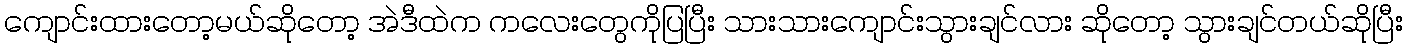
ကျောင်းထားတော့မယ်ဆိုတော့ အဲဒီထဲက ကလေးတွေကိုပြပြီး သားသားကျောင်းသွားချင်လား ဆိုတော့ သွားချင်တယ်ဆိုပြီး